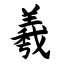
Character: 羲